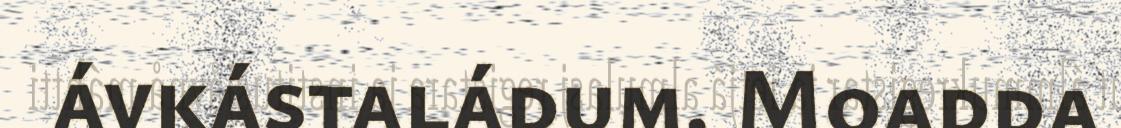
ávkástaládum. Moadda